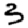
Digit: 3